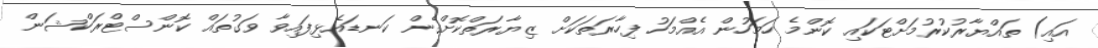
އައި) ތައްޔާރުކުރުމަށްޓަކައި ކޮންމެ ހަމަހުން އެއްމަހު ފިހާރަތަކަށް ޒިޔާރަތްކޮށްގެން ކަނޑައެޅިފައިވާ ވަގުތައް ކޮންސްޓްރަކްޝަން